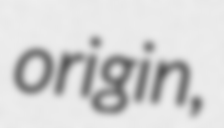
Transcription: origin,